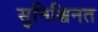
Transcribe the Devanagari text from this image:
सुनिश्चिनत